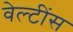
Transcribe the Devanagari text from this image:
वेल्टींस